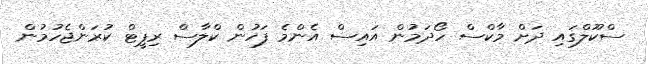
ސްކޫލްގައި ދަށް މާކްސް ހޯދަމުން އައިސް އެންމެ ފަހުން ކްލާސް ރިޕީޓް ކުރަންޖެހުމުން